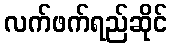
လက်ဖက်ရည်ဆိုင်